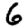
Digit: 6